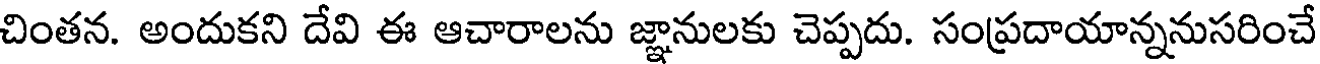
చింతన. అందుకని దేవి ఈ ఆచారాలను జ్ఞానులకు చెప్పదు. సంప్రదాయాన్ననుసరించే